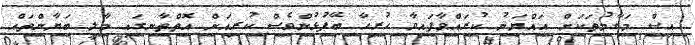
އިސް މަގާމުތަކަށް އައްޔަނު ކުރައްވާފައިވާ ހުރިހާ ބޭފުޅުންވެސް ކުރިއަށް އޮތްތާނގައި މާލީ ބަޔާންތައް